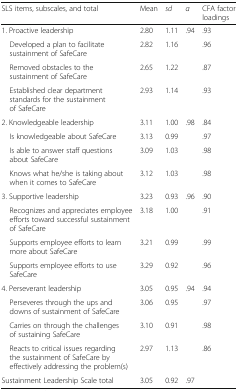
| SLS items, subscales, and total | Mean | sd | α | CFA factor loadings |
 | --- | --- | --- | --- | --- |
 | 1. Proactive leadership | 2.80 | 1.11 | .94 | .93 |
 | Developed a plan to facilitate sustainment of SafeCare | 2.82 | 1.16 |  | .96 |
 | Removed obstacles to the sustainment of SafeCare | 2.65 | 1.22 |  | .87 |
 | Established clear department standards for the sustainment of SafeCare | 2.93 | 1.14 |  | .93 |
 | 2. Knowledgeable leadership | 3.11 | 1.00 | .98 | .84 |
 | Is knowledgeable about SafeCare | 3.13 | 0.99 |  | .97 |
 | Is able to answer staff questions about SafeCare | 3.09 | 1.03 |  | .98 |
 | Knows what he/she is taking about when it comes to SafeCare | 3.12 | 1.03 |  | .98 |
 | 3. Supportive leadership | 3.23 | 0.93 | .96 | .90 |
 | Recognizes and appreciates employee efforts toward successful sustainment of SafeCare | 3.18 | 1.00 |  | .91 |
 | Supports employee efforts to learn more about SafeCare | 3.21 | 0.99 |  | .99 |
 | Supports employee efforts to use SafeCare | 3.29 | 0.92 |  | .96 |
 | 4. Perseverant leadership | 3.05 | 0.95 | .94 | .94 |
 | Perseveres through the ups and downs of sustainment of SafeCare | 3.06 | 0.95 |  | .97 |
 | Carries on through the challenges of sustaining SafeCare | 3.10 | 0.91 |  | .98 |
 | Reacts to critical issues regarding the sustainment of SafeCare by effectively addressing the problem(s) | 2.97 | 1.13 |  | .86 |
 | Sustainment Leadership Scale total | 3.05 | 0.92 | .97 |  |